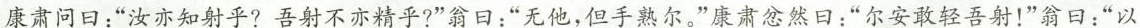
康肃问日：”汝亦知射乎?吾射不亦精乎?”翁日：”无他，但手熟尔。”康肃忿然日：”尔安敢轻吾射！”翁曰：”以